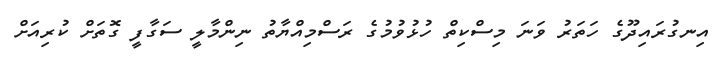
އިނގުރައިދޫގެ ހަތަރު ވަނަ މިސްކިތް ހުޅުވުމުގެ ރަސްމިއްޔާތު ނިންމާލީ ސަގާފީ ގޮތަށް ކުރިއަށް